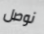
نوصل